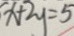
x + 2 y = 5